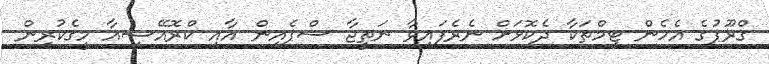
ގްރޫޕުގެ އެހެން ޓީމްތަކާ ދެކޮޅަށް ނެރެފައިވާ ނަތީޖާ ސްޕެއިން އާއި ކްރޮއޭޝިއާ މީގެކުރިން